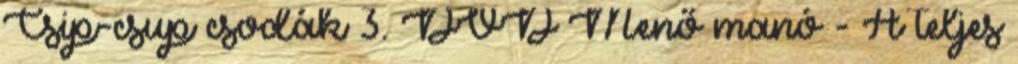
Csip-csup csodák 3. DVD Menő manó - A teljes